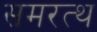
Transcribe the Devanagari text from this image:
समरत्थ